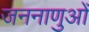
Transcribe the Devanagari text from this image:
जननाणुओं